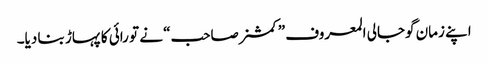
اپنے زمان گوجالی المعروف ”کمشنرصاحب“ نے تو رائی کا پہاڑ بنا دیا۔